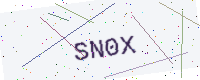
Text: SN0X